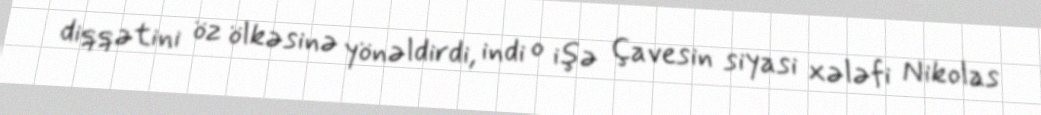
diqqətini öz ölkəsinə yönəldirdi, indi o işə Çavesin siyasi xələfi Nikolas